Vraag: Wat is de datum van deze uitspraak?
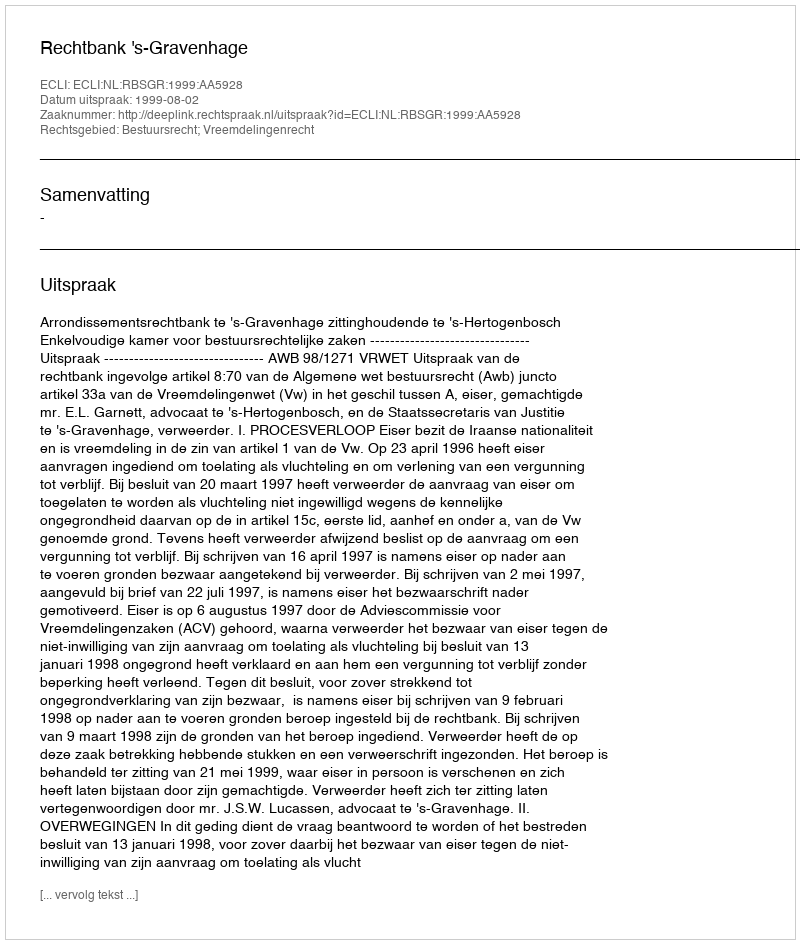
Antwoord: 1999-08-02